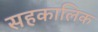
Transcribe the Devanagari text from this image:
सहकालिक